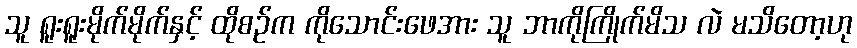
သူ ရူးရူးမိုက်မိုက်နှင့် ထိုစဉ်က ကိုသောင်းဖေအား သူ ဘာကိုကြိုက်မိသ လဲ မသိတော့ဟု